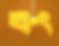
বং